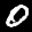
Label: 0